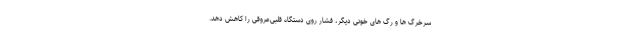
سرخرگ ها و رگ های خونی دیگر، فشار روی دستگاه قلبی‌عروقی را کاهش دهد.